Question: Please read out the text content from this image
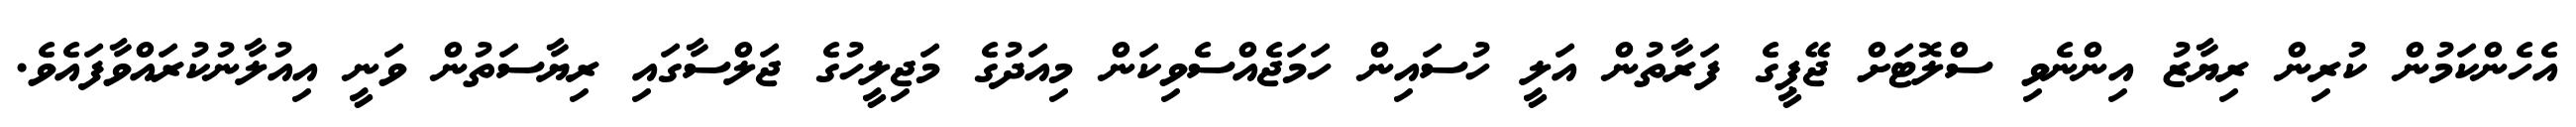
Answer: އެހެންކަމުން ކުރިން ރިޔާޒު އިންނެވި ސްލޮޓަށް ޖޭޕީގެ ފަރާތުން އަލީ ހުސައިން ހަމަޖެއްސެވިކަން މިއަދުގެ މަޖިލީހުގެ ޖަލްސާގައި ރިޔާސަތުން ވަނީ އިއުލާނުކުރައްވާފައެވެ.